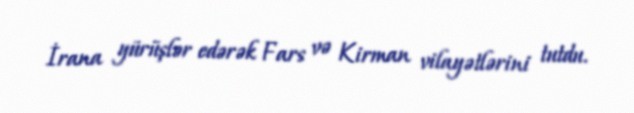
İrana yürüşlər edərək Fars və Kirman vilayətlərini tutdu.